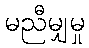
မညီမျှမှု